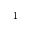
^ 1